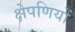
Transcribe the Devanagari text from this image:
क्षेपणियों